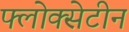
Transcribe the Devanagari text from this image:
फ्लोक्सेटीन